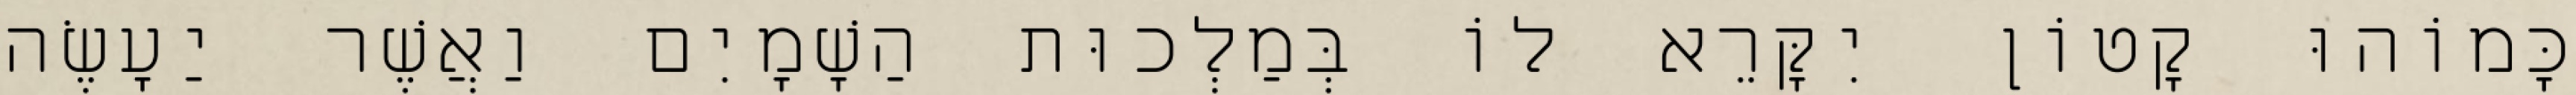
כָּמוֹהוּ קָטוֹן יִקָּרֵא לוֹ בְּמַלְכוּת הַשָׁמָיִם וַאֲשֶׁר יַעָשֶׂה